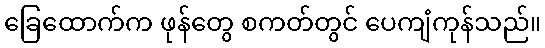
ခြေထောက်က ဖုန်တွေ စကတ်တွင် ပေကျံကုန်သည်။